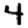
Digit: 4